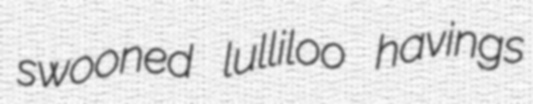
swooned lulliloo havings